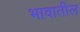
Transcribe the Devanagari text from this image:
भावातील